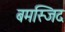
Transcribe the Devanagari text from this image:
बमस्जिद